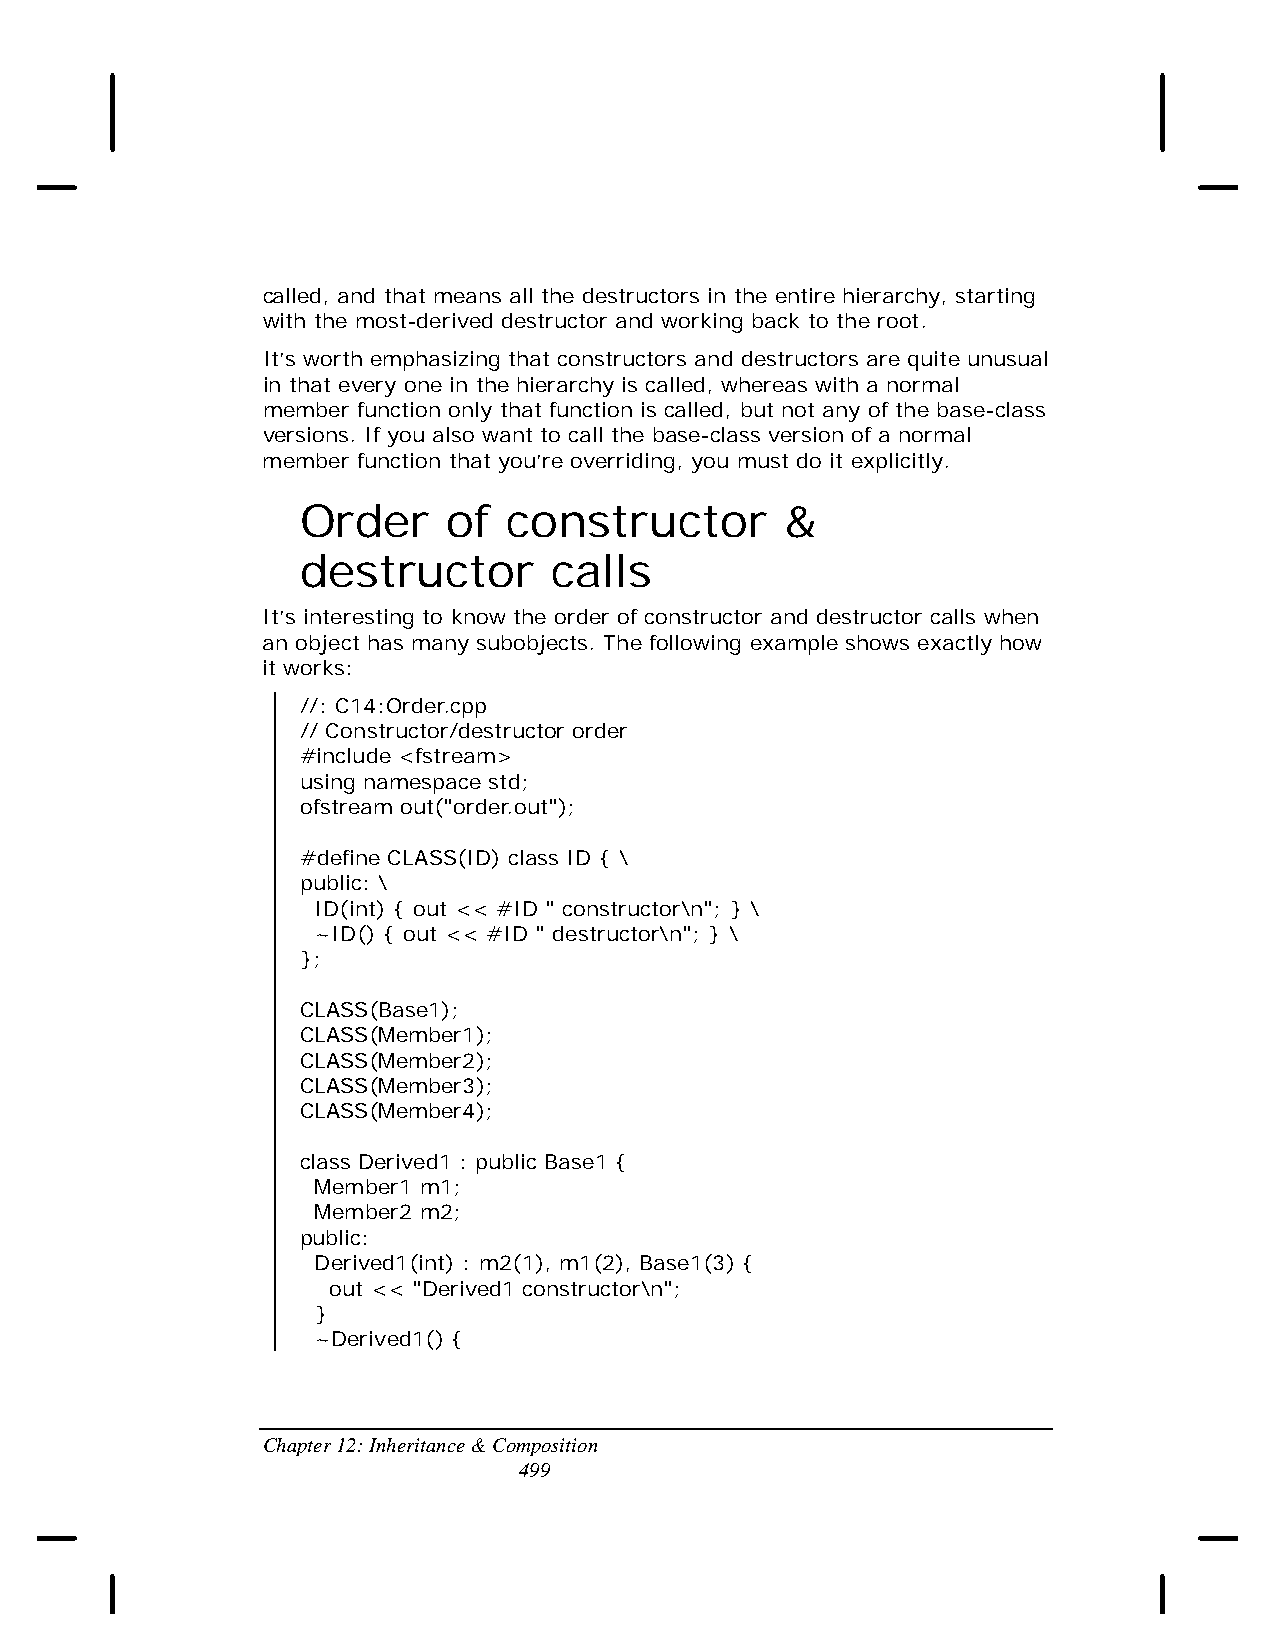
called, and that means all the destructors in the entire hierarchy, starting
 with the most-derived destructor and working back to the root.
 It’s worth emphasizing that constructors and destructors are quite unusual
 in that every one in the hierarchy is called, whereas with a normal
 member function only that function is called, but not any of the base-class
 versions. If you also want to call the base-class version of a normal
 member function that you’re overriding, you must do it explicitly.
 Order     of  constructor       &
 destructor       calls
 It’s interesting to know the order of constructor and destructor calls when
 an object has many subobjects. The following example shows exactly how
 it works:
 //: C14:Order.cpp
 // Constructor/destructor order
 #include <fstream>
 using namespace std;
 ofstream out("order.out");
 #define CLASS(ID) class ID { \
 public: \
 ID(int) { out << #ID " constructor\n"; } \
 ~ID() { out << #ID " destructor\n"; } \
 };
 CLASS(Base1);
 CLASS(Member1);
 CLASS(Member2);
 CLASS(Member3);
 CLASS(Member4);
 class Derived1 : public Base1 {
 Member1 m1;
 Member2 m2;
 public:
 Derived1(int) : m2(1), m1(2), Base1(3) {
 out << "Derived1 constructor\n";
 }
 ~Derived1() {
 Chapter 12: Inheritance & Composition
 499